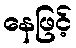
နေဖြင့်